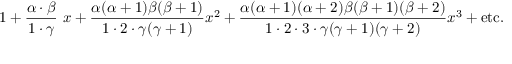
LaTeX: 1 + { \frac { \alpha \cdot \beta } { 1 \cdot \gamma } } ~ x + { \frac { \alpha ( \alpha + 1 ) \beta ( \beta + 1 ) } { 1 \cdot 2 \cdot \gamma ( \gamma + 1 ) } } x ^ { 2 } + { \frac { \alpha ( \alpha + 1 ) ( \alpha + 2 ) \beta ( \beta + 1 ) ( \beta + 2 ) } { 1 \cdot 2 \cdot 3 \cdot \gamma ( \gamma + 1 ) ( \gamma + 2 ) } } x ^ { 3 } + { \mathrm { e t c . } }